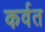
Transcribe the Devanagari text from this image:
कर्वत